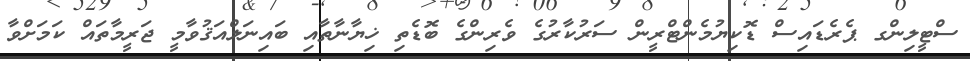
ސްޓީލިންގ ޕެރެޑައިސް ޑޮކިޔުމެންޓްރީން ސަރުކާރުގެ ވެރިންގެ ބޮޑެތި ޚިޔާނާތާއި ބައިނަލްއަޤުވާމީ ޖަރީމާތައް ކަމަށްވާ